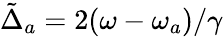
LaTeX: \tilde{\Delta}_{a}=2(\omega-\omega_{a})/\gamma